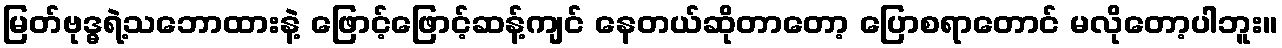
မြတ်ဗုဒ္ဓရဲ့သဘောထားနဲ့ ဖြောင့်ဖြောင့်ဆန့်ကျင် နေတယ်ဆိုတာတော့ ပြောစရာတောင် မလိုတော့ပါဘူး။